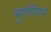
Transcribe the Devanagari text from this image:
मुलीगन